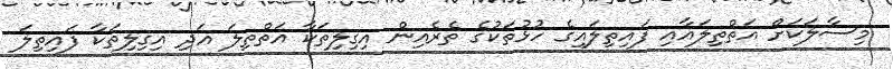
މިސާލަކަށް އަތްތިލައާއި ފައިތިލައިގެ ހުޅުތަކުގެ ތެރެއިން އިގިލިތަކާ އަތްތިލަ އަދި އިގިލިތަކާ ފައިތިލަ